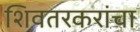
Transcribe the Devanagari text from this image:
शिवतरकरांचा